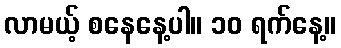
လာမယ့် စနေနေ့ပါ။ ၁၀ ရက်နေ့။